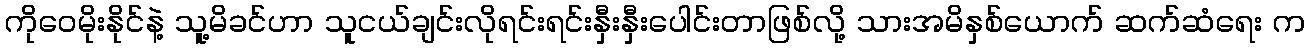
ကိုဝေမိုးနိုင်နဲ့ သူ့မိခင်ဟာ သူငယ်ချင်းလိုရင်းရင်းနှီးနှီးပေါင်းတာဖြစ်လို့ သားအမိနှစ်ယောက် ဆက်ဆံရေး က